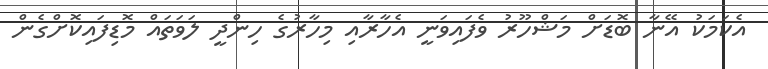
އެކަމަކު އޭނާ ބޮޑަށް މަޝްހޫރު ވެފައިވަނީ އެހާރާއި މިހާރުގެ ހިންދީ ލަވަތައް މޮޑިފައިކޮށްގެން